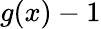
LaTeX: g(x)-1